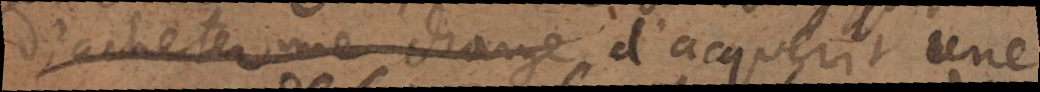
d’acheter une orange d’acquerir une